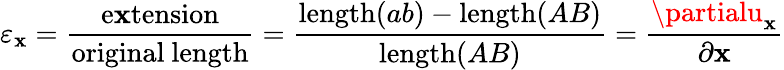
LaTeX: \varepsilon_{\mathbf{x}}={\frac{{\mathrm{{e\mathbf{x}tension}}}}{{\mathrm{{original~length}}}}}={\frac{{\mathrm{{length}}(ab)-\mathrm{{length}}(AB)}}{{\mathrm{{length}}(AB)}}}={\frac{{\partialu_{\mathbf{x}}}}{{\partial\mathbf{x}}}}